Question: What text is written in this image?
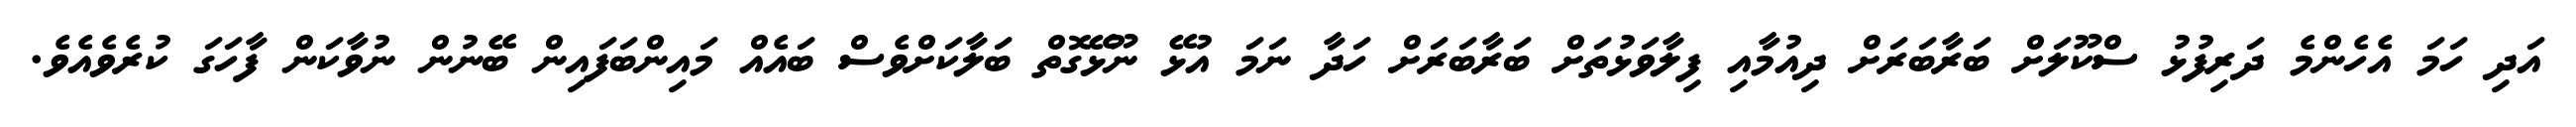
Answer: އަދި ހަމަ އެހެންމެ ދަރިފުޅު ސްކޫލަށް ބަރާބަރަށް ދިއުމާއި ފިލާވަޅުތަށް ބަރާބަރަށް ހަދާ ނަމަ އުޅޭ ނޫޅޭގޮތް ބަލާކަށްވެސް ބައެއް މައިންބަފައިން ބޭނުން ނުވާކަން ފާހަގަ ކުރެވެއެވެ.